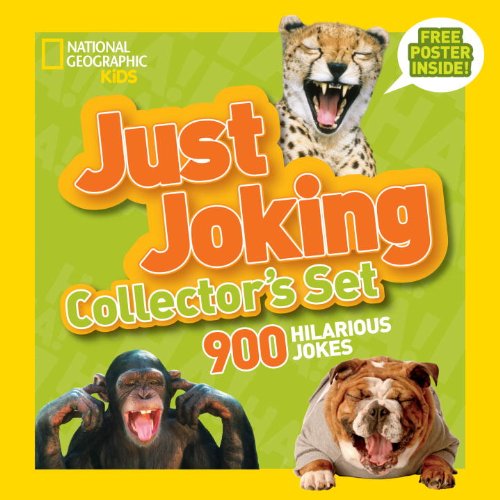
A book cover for Just Joking Collector's Set (Boxed Set): 900 Hilarious Jokes About Everything; National Geographic Kids; Children's Books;